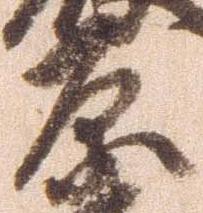
原